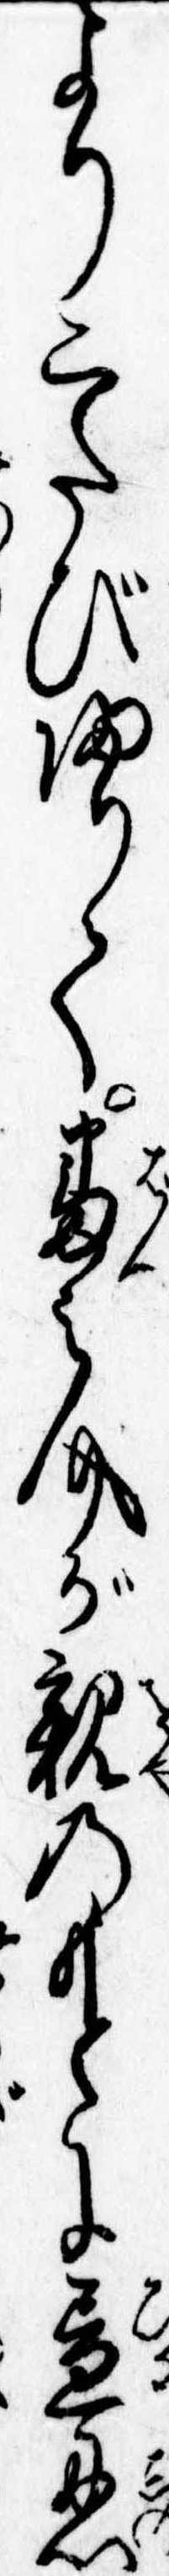
より二たび帰りて番之介が親のもとに昼忍